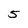
Character: 5